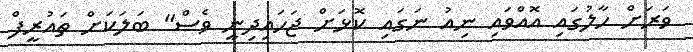
ވަރަށް ހާލުގައި އޮއްވައި ނިއު ނަގައި ކޮޅަށް ޖަހައިދިނީ ވެސް" ބަލަކަށް ތައުރީފް